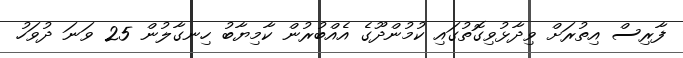
ފާރިސް އިތުރަށް ވިދާޅުވިގޮތުގައި ކުމުންދޫގެ އެއްބުރުން ކާމިޔާބު ހިނގާލުން 25 ވަނަ ދުވަހު